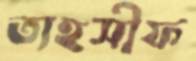
তাহসীফ